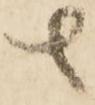
者